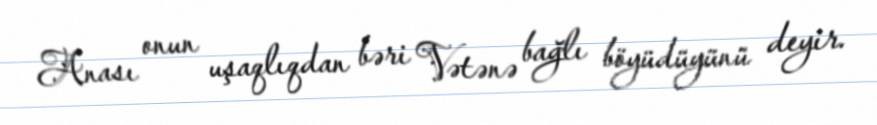
Anası onun uşaqlıqdan bəri Vətənə bağlı böyüdüyünü deyir.